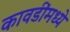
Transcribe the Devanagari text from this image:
कावडींमध्ये